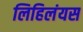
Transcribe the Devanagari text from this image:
लिहिलंयस